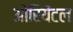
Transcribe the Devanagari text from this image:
ओरियेंटल